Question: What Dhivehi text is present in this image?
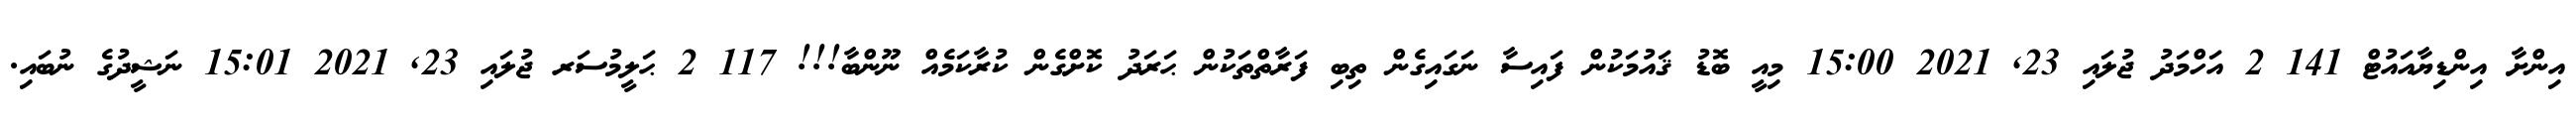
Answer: އިންށާ އިންޑިޔާއައުޓް 141 2 އަހްމަދު ޖުލައި 23, 2021 15:00 މިއީ ބޮޑު ޤައުމަކުން ފައިސާ ނަގައިގެން ތިބި ފަރާތްތަކުން ޙަރަދު ކޮށްގެން ކުރާކަމެއް ނޫންބާ!!! 117 2 ޙަލީމުސަރ ޖުލައި 23, 2021 15:01 ނަޝީދުގެ ނުބައި.